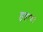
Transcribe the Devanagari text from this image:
हुहाव।